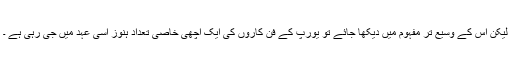
لیکن اس کے وسیع تر مفہوم میں دیکھا جائے تو یورپ کے فن کاروں کی ایک اچھی خاصی تعداد ہنوز اسی عہد میں جی رہی ہے ۔